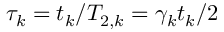
\tau _ { k } = t _ { k } / T _ { 2 , k } = \gamma _ { k } t _ { k } / 2